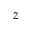
z